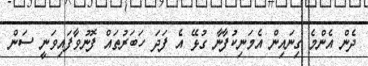
ދެން އެންމެ ގިނައިން އެމަނިކުފާނާ ގުޅޭ އެ ފަދަ ހަބަރުތައް ފޮނުވާފައިވަނީ ސަން